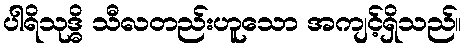
ပါရိသုဒ္ဓိ သီလတည်းဟူသော အကျင့်ရှိသည်။